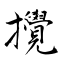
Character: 攪